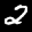
Label: 2